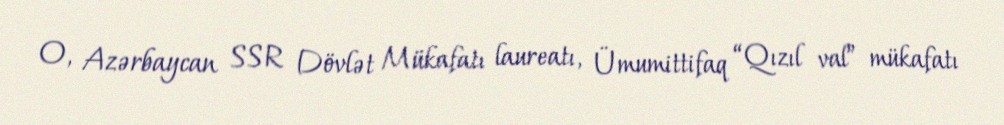
O, Azərbaycan SSR Dövlət Mükafatı laureatı, Ümumittifaq “Qızıl val” mükafatı